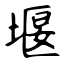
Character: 堰